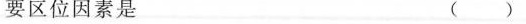
要区位因素是 ()